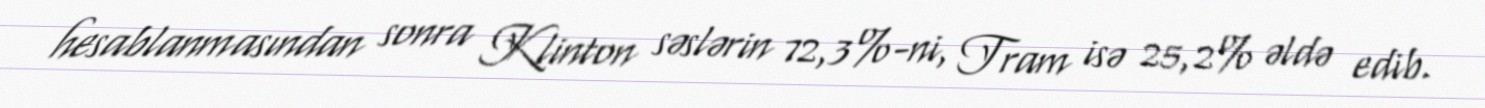
hesablanmasından sonra Klinton səslərin 72,3%-ni, Tram isə 25,2% əldə edib.